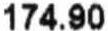
174.90